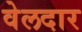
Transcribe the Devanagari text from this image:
वेलदार